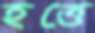
হত্তে